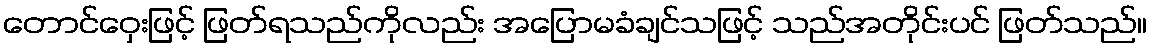
တောင်ဝှေးဖြင့် ဖြတ်ရသည်ကိုလည်း အပြောမခံချင်သဖြင့် သည်အတိုင်းပင် ဖြတ်သည်။